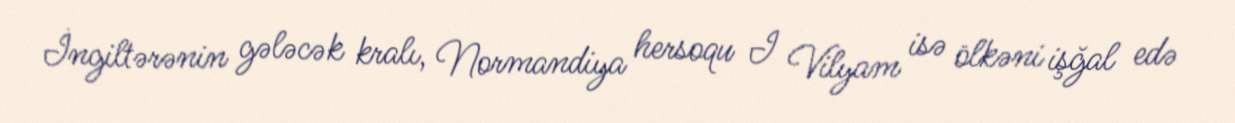
İngiltərənin gələcək kralı, Normandiya hersoqu I Vilyam isə ölkəni işğal edə